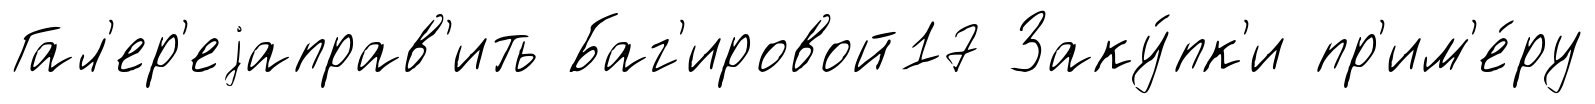
Гал'ер'еjаправ'ить Баг'ировой17 Заку́пк'и пр'им'е́ру